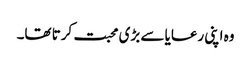
وہ اپنی رعایا سے بڑی محبت کرتا تھا۔